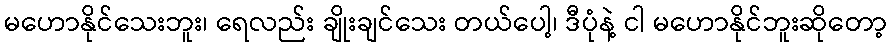
မဟောနိုင်သေးဘူး၊ ရေလည်း ချိုးချင်သေး တယ်ပေါ့၊ ဒီပုံနဲ့ ငါ မဟောနိုင်ဘူးဆိုတော့